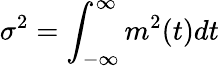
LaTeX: \sigma^{2}=\int_{-\infty}^{\infty}m^{2}(t)dt